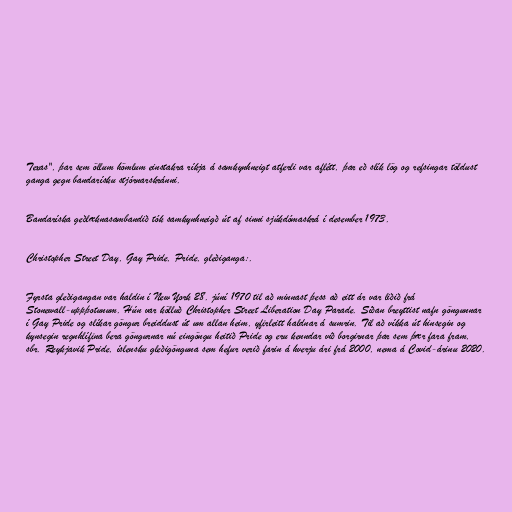
Texas", þar sem öllum hömlum einstakra ríkja á samkynhneigt atferli var aflétt, þar eð slík lög og refsingar töldust
ganga gegn bandarísku stjórnarskránni.

Bandaríska geðlæknasambandið tók samkynhneigð út af sinni sjúkdómaskrá í desember 1973.

Christopher Street Day, Gay Pride, Pride, gleðiganga:.

Fyrsta gleðigangan var haldin í New York 28. júní 1970 til að minnast þess að eitt ár var liðið frá
Stonewall-uppþotunum. Hún var kölluð Christopher Street Liberation Day Parade. Síðan breyttist nafn göngunnar
í Gay Pride og slíkar göngur breiddust út um allan heim, yfirleitt haldnar á sumrin. Til að víkka út hinsegin og
kynsegin regnhlífina bera göngurnar nú eingöngu heitið Pride og eru kenndar við borgirnar þar sem þær fara fram,
sbr. Reykjavik Pride, íslensku gleðigönguna sem hefur verið farin á hverju ári frá 2000, nema á Covid-árinu 2020.